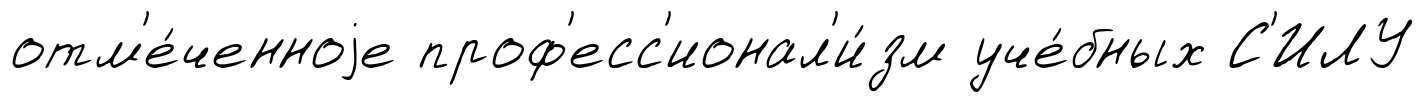
отм'е́ченноjе проф'есс'ионал'и́зм уче́бных С'ИЛУ